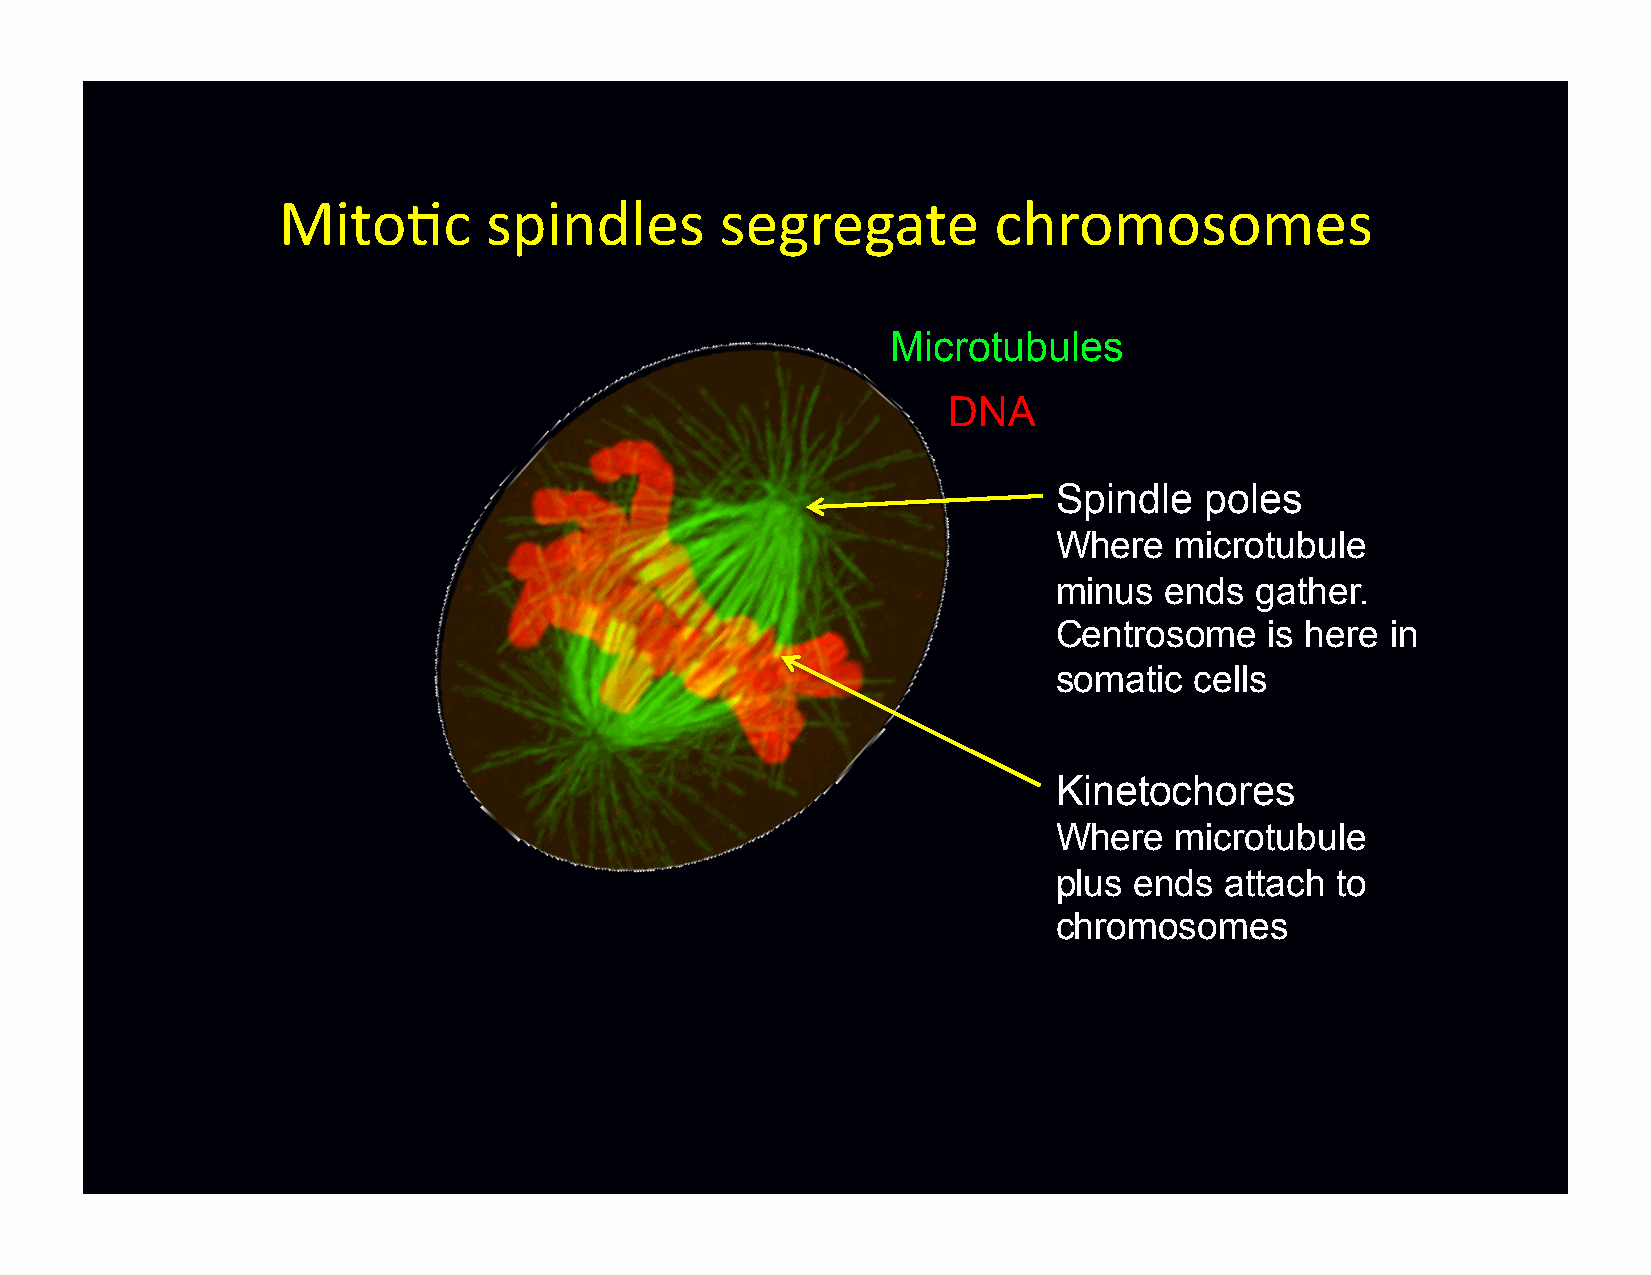
Mito-c        spindles        segregate         chromosomes
 Microtubules
 DNA
 Spindle   poles
 Where   microtubule
 minus  ends  gather.
 Centrosome    is here in
 somatic  cells
 Kinetochores
 Where   microtubule
 plus ends  attach to
 chromosomes